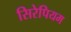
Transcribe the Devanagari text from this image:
सिरेपियम